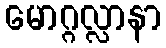
မောဂ္ဂလ္လာနာ